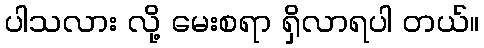
ပါသလား လို့ မေးစရာ ရှိလာရပါ တယ်။